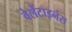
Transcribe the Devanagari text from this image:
वेलेंटाइनंस